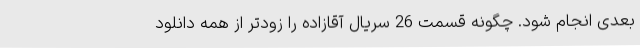
بعدی انجام شود. چگونه قسمت 26 سریال آقازاده را زودتر از همه دانلود